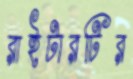
রাইটারটির